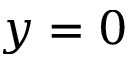
y = 0